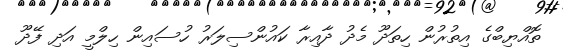
ތޮއްޔިބްގެ އިތުރުން ހިތަދޫ މެދު ދާއިރާ ކައުންސިލަރު ހުސައިން ހިލްމީ އަދި ފޭދޫ